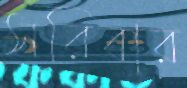
সরিবার